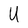
Character: U